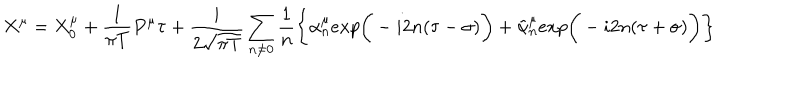
X ^ { \mu } = X _ { 0 } ^ { \mu } + { \frac { 1 } { \pi T } } P ^ { \mu } \tau + { \frac { i } { 2 \sqrt { \pi T } } } \sum _ { n \neq 0 } { \frac { 1 } { n } } \bigg \{ \alpha _ { n } ^ { \mu } e x p \bigg ( - i 2 n ( \tau - \sigma ) \bigg ) + \tilde { \alpha } _ { n } ^ { \mu } e x p \bigg ( - i 2 n ( \tau + \sigma ) \bigg ) \bigg \}